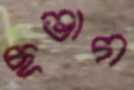
ছভাগ